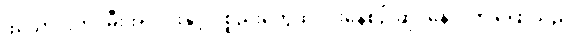
ဖယောင်းတိုင်မီးအလင်းနှင့် ပစ္စည်းတွေထုပ်ပိုးနေစဉ် ဆိုင်နောင့်က ပြောသည်။